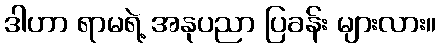
ဒါဟာ ရာမရဲ့ အနုပညာ ပြခန်း များလား။